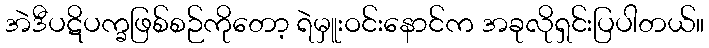
အဲဒီပဋိပက္ခဖြစ်စဉ်ကိုတော့ ရဲမှူးဝင်းနောင်က အခုလိုရှင်းပြပါတယ်။